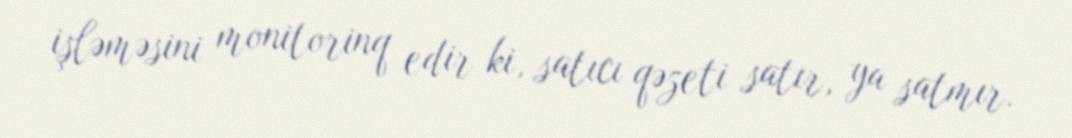
işləməsini monitorinq edir ki, satıcı qəzeti satır, ya satmır.